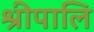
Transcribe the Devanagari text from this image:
श्रीपालि